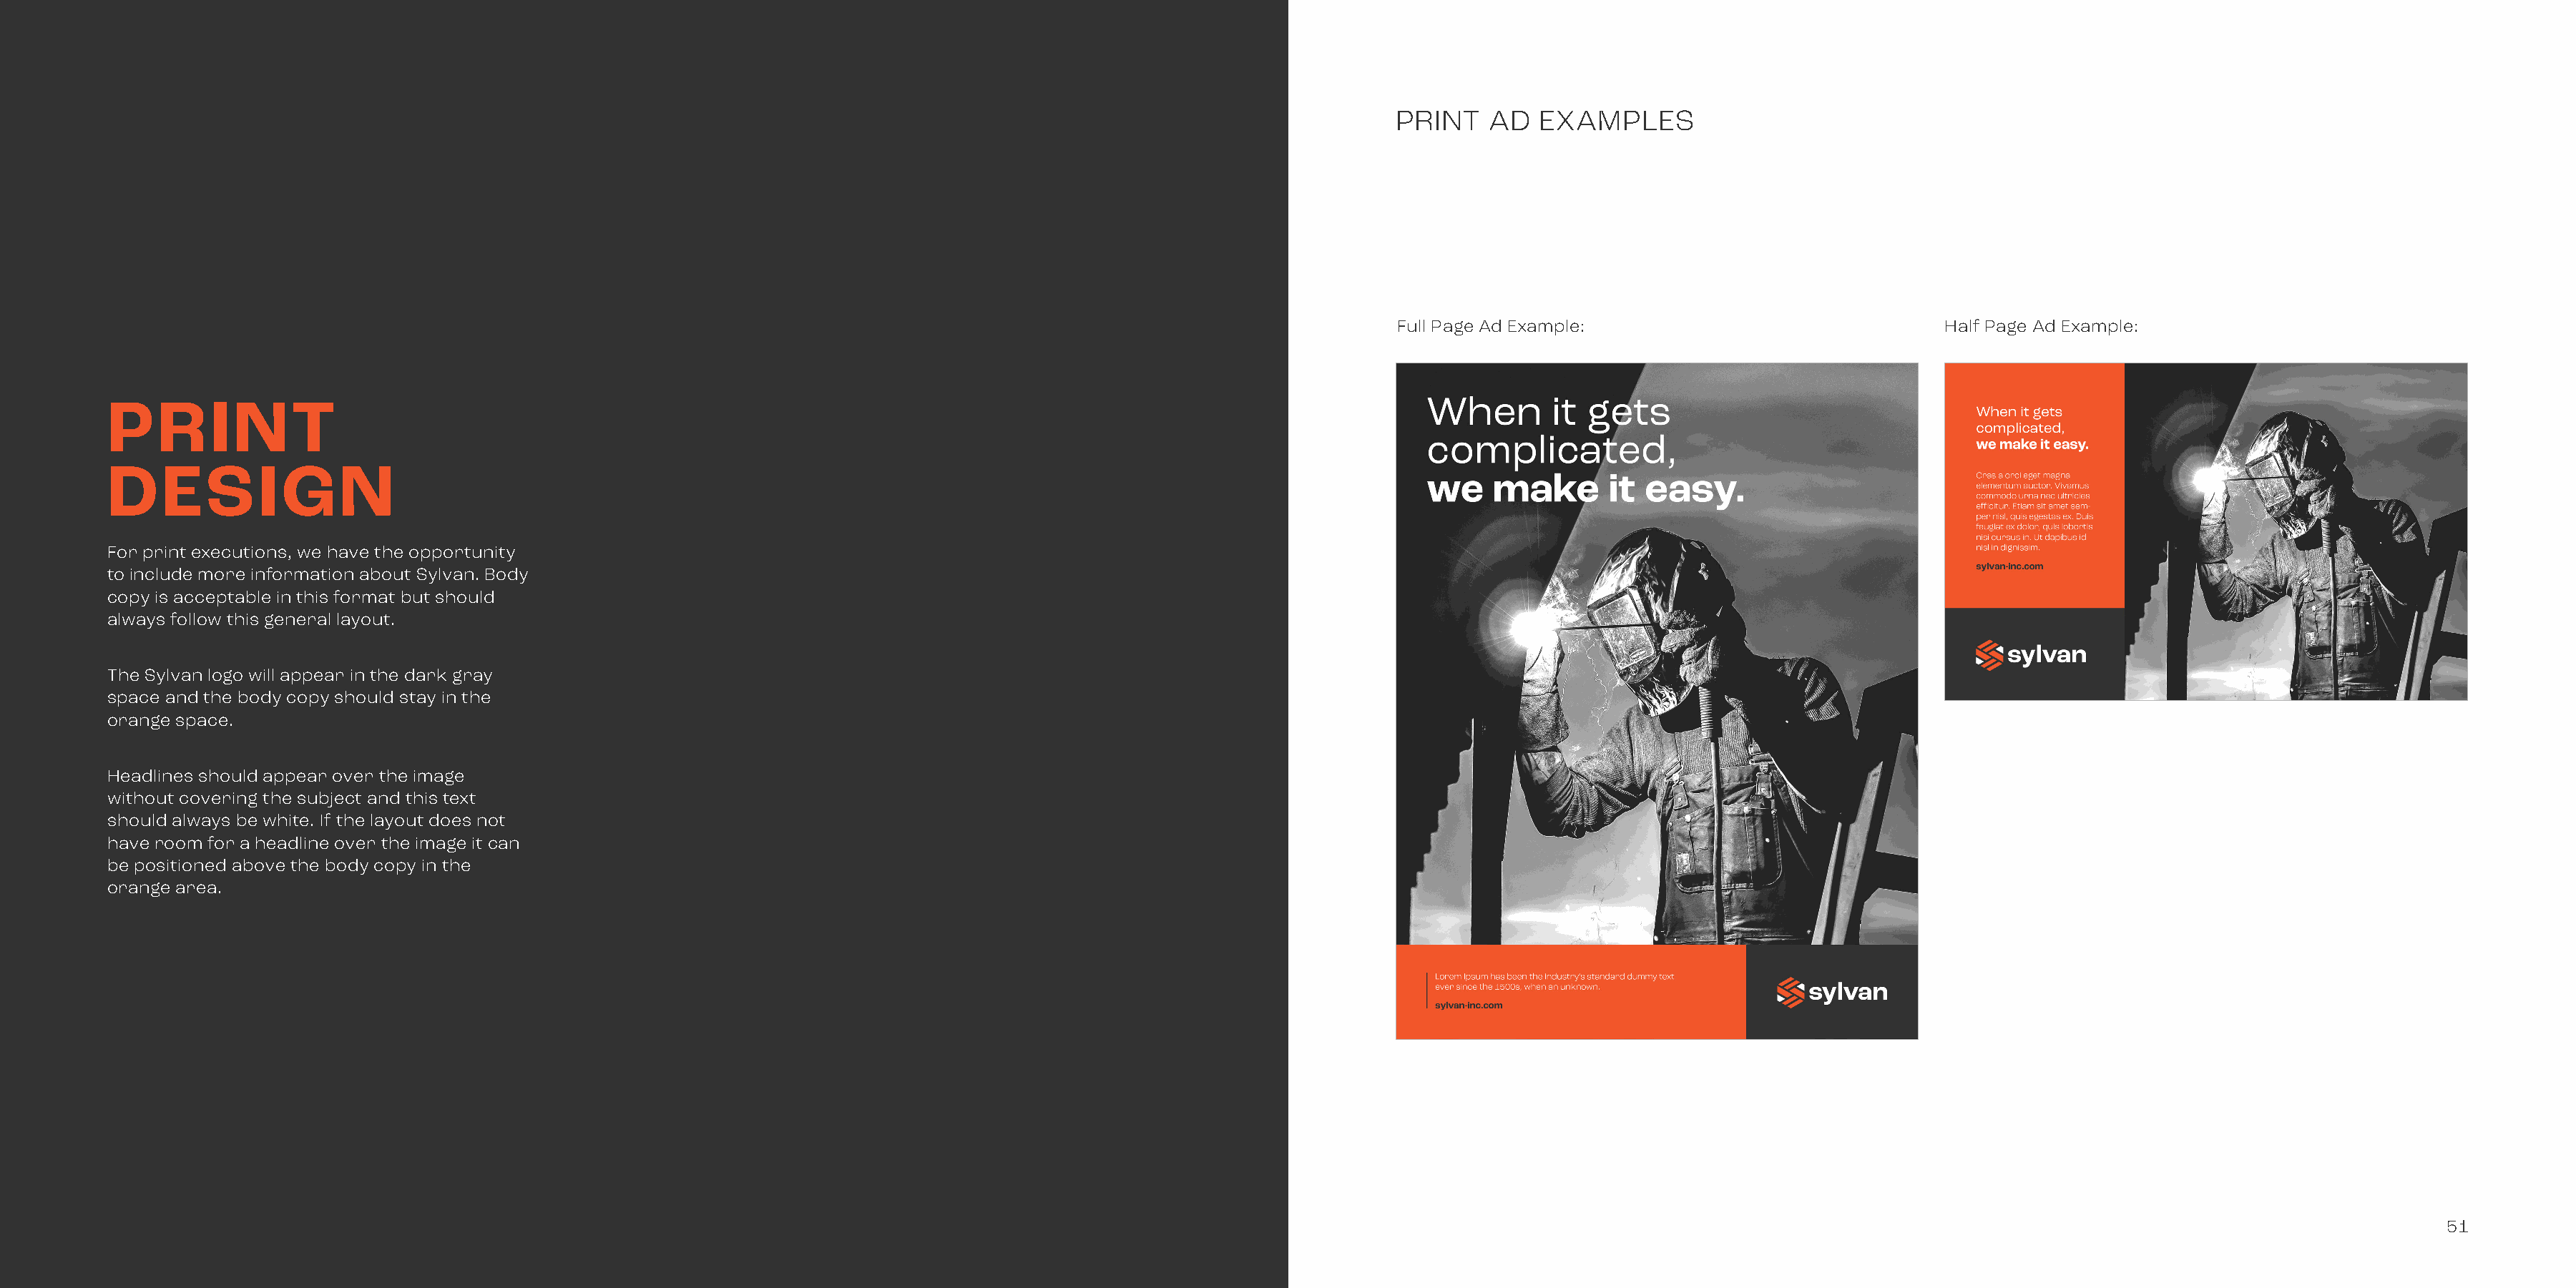
PRINT    AD  EXAMPLES
 Full Page Ad Example:                              Half Page Ad Example:
 PRINT
 DESIGN
 For print executions, we have the opportunity
 to include more information about Sylvan. Body
 copy is acceptable in this format but should
 always follow this general layout.
 The Sylvan logo will appear in the dark gray
 space and the body copy should stay in the
 orange space.
 Headlines should appear over the image
 without covering the subject and this text
 should always be white. If the layout does not
 have room for a headline over the image it can
 be positioned above the body copy in the
 orange area.
 51